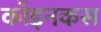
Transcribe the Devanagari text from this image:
कॉइनकस